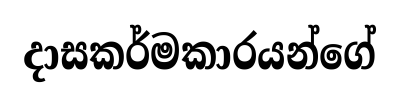
දාසකර්මකාරයන්ගේ